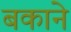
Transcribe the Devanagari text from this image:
बकाने